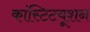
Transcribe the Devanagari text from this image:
कांस्टिटयूशन